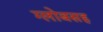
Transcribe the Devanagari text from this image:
ग्लोबसह